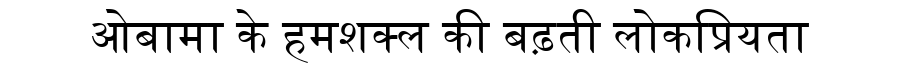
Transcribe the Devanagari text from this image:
ओबामा के हमशक्ल की बढ़ती लोकप्रियता